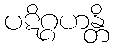
ပဋိဂ္ဂဟန္တိ